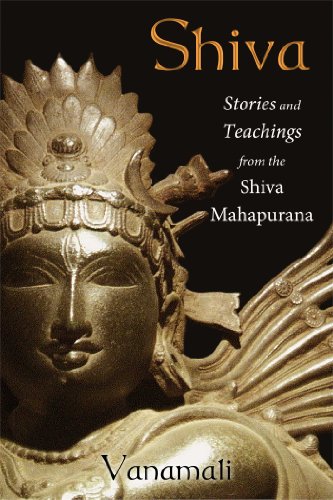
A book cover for Shiva: Stories and Teachings from the Shiva Mahapurana; Vanamali; Religion & Spirituality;